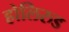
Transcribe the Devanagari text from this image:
होलिरुड